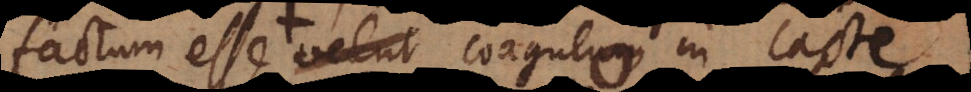
actum esse velut coagulum aliquid